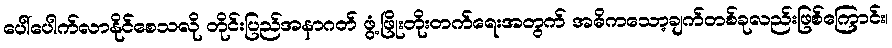
ပေါ်ပေါက်လာနိုင်စေသလို တိုင်းပြည်အနာဂတ် ဖွံ့ဖြိုးတိုးတက်ရေးအတွက် အဓိကသော့ချက်တစ်ခုလည်းဖြစ်ကြောင်း၊